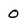
Character: 0